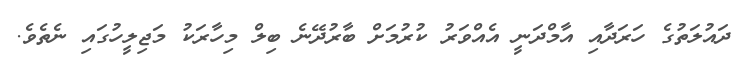
ދައުލަތުގެ ހަރަދާއި އާމްދަނީ އެއްވަރު ކުރުމަށް ބާރުދޭނެ ބިލް މިހާރަކު މަޖިލީހުގައި ނެތެވެ.